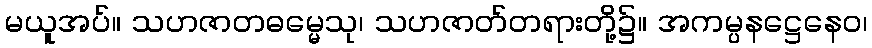
မယူအပ်။ သဟဇာတဓမ္မေသု၊ သဟဇာတ်တရားတို့၌။ အကမ္ပနဋ္ဌေနေဝ၊